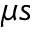
\mu s